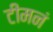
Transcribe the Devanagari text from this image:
टीमनं